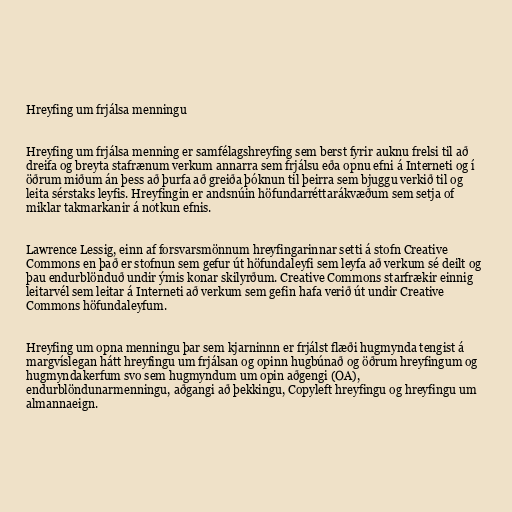
Hreyfing um frjálsa menningu

Hreyfing um frjálsa menning er samfélagshreyfing sem berst fyrir auknu frelsi til að
dreifa og breyta stafrænum verkum annarra sem frjálsu eða opnu efni á Interneti og í
öðrum miðum án þess að þurfa að greiða þóknun til þeirra sem bjuggu verkið til og
leita sérstaks leyfis. Hreyfingin er andsnúin höfundarréttarákvæðum sem setja of
miklar takmarkanir á notkun efnis.

Lawrence Lessig, einn af forsvarsmönnum hreyfingarinnar setti á stofn Creative
Commons en það er stofnun sem gefur út höfundaleyfi sem leyfa að verkum sé deilt og
þau endurblönduð undir ýmis konar skilyrðum. Creative Commons starfrækir einnig
leitarvél sem leitar á Interneti að verkum sem gefin hafa verið út undir Creative
Commons höfundaleyfum.

Hreyfing um opna menningu þar sem kjarninnn er frjálst flæði hugmynda tengist á
margvíslegan hátt hreyfingu um frjálsan og opinn hugbúnað og öðrum hreyfingum og
hugmyndakerfum svo sem hugmyndum um opin aðgengi (OA),
endurblöndunarmenningu, aðgangi að þekkingu, Copyleft hreyfingu og hreyfingu um
almannaeign.